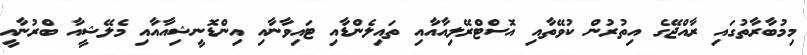
މިމުބާރާތުގައި ރާއްޖޭގެ އިތުރުން ކުވޭތާއި އޮސްޓްރޭލިއާއާއި ތައިލެންޑާއި ޓައިވާނާއި އިންޑޮނީޝިއާއާއި މެލޭޝީއާ ބްރުނާއީ